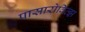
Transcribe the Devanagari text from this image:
पासारोवित्झ